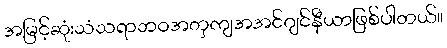
အမြင့်ဆုံးသံသရာဘဝအတှကျအအင်ဂျင်နီယာဖြစ်ပါတယ်။